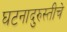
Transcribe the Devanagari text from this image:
घटनादुरुस्तीचे